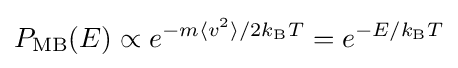
P_{\text{MB}}(E)\propto e^{-m\langle v^{2}\rangle /2k_{\rm {B}}T}=e^{-E/k_{\rm {B}}T}